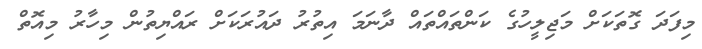
މިފަދަ ގޮތަކަށް މަޖިލީހުގެ ކަންތައްތައް ދާނަމަ އިތުރު ދައުރަކަށް ރައްޔިތުން މިހާރު މިއޮތް